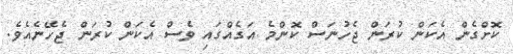
ކޮށްގެން އެކަން ކުރަން ޖެހުނަސް ކޮންމެ އަގެއްގައި ވެސް އެކަން ކުރަން ޖެހޭނެއެވެ.